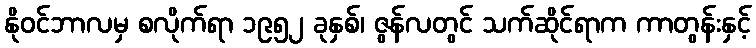
နိုဝင်ဘာလမှ စလိုက်ရာ ၁၉၅၂ ခုနှစ်၊ ဇွန်လတွင် သက်ဆိုင်ရာက ကာတွန်းနှင့်